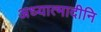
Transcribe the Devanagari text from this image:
अध्यात्मादीनि